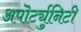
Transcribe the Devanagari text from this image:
अपॊर्ट्युनिटी